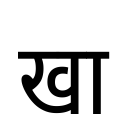
OCR:
खा